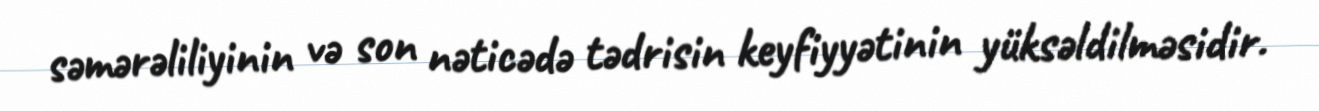
səmərəliliyinin və son nəticədə tədrisin keyfiyyətinin yüksəldilməsidir.